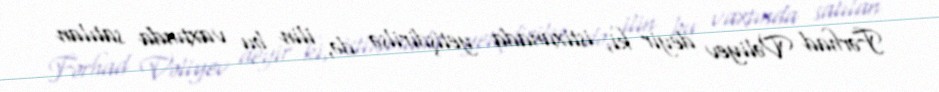
Fərhad Vəliyev deyir ki, istixanada yetişdirilsə də, ilin bu vaxtında satılan